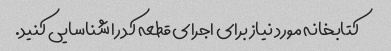
کتابخانه مورد نیاز برای اجرای قطعه کد را شناسایی کنید.